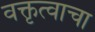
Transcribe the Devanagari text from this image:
वक्तृत्वाचा